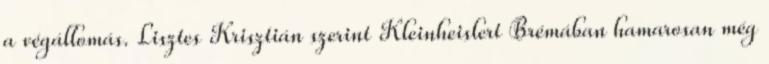
a végállomás. Lisztes Krisztián szerint Kleinheislert Brémában hamarosan még